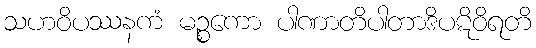
သဟဝိပဿနကံ မဉ္စကော ပါဏာတိပါတာဒိပဋိဝိရတိ